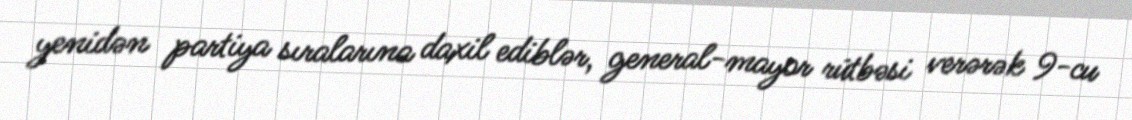
yenidən partiya sıralarına daxil ediblər, general-mayor rütbəsi verərək 9-cu